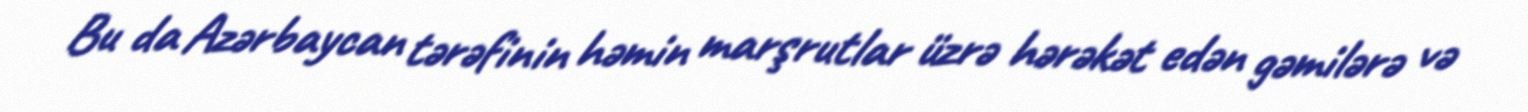
Bu da Azərbaycan tərəfinin həmin marşrutlar üzrə hərəkət edən gəmilərə və